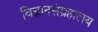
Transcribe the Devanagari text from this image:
विज्ञानसंग्रहालय